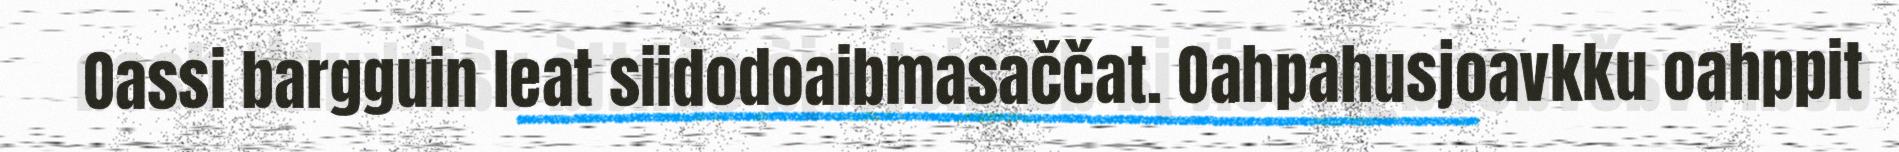
Oassi bargguin leat siidodoaibmasaččat. Oahpahusjoavkku oahppit